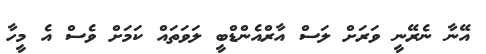
އޭނާ ނެރޭނީ ވަރަށް ލަސް އާރްއެންޑްބީ ލަވަތައް ކަމަށް ވެސް އެ މީހާ